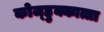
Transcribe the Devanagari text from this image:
कोज्हुक्कात्ता